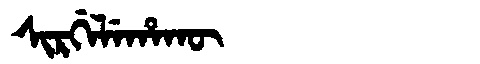
Manchu: ᠰᡳᡵᡤᡝᠯᡝᡥᠠᡴᡡ
Romanization: SIRGELEHAKŪ